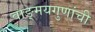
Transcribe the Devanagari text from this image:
वाङ्‌मयगुणांची